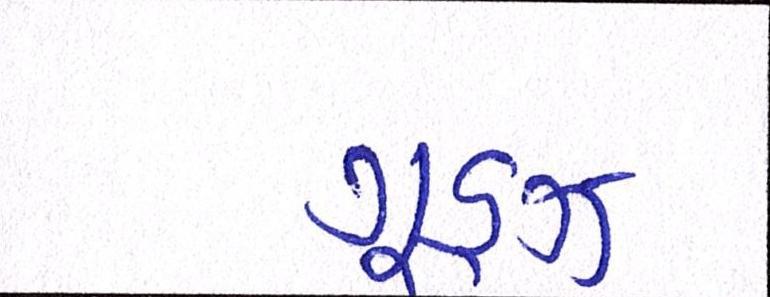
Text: ગૂડ્ઝ